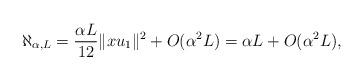
LaTeX: \begin{align*}\aleph_{\alpha,L} = \frac{\alpha L}{12} \|x u_1\|^2 + O(\alpha^2 L) = \alpha L +O(\alpha^2 L),\end{align*}